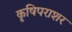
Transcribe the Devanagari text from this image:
कृषिपराशर